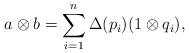
LaTeX: \begin{align*}a\otimes b = \sum_{i=1}^n \Delta(p_i)(1\otimes q_i),\end{align*}